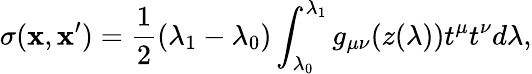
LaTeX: \sigma(\mathbf{x},\mathbf{x}^{\prime})=\frac{{1}}{{2}}(\lambda_{1}-\lambda_{0})\int_{\lambda_{0}}^{\lambda_{1}}g_{\mu\nu}(z(\lambda))t^{\mu}t^{\nu}d\lambda,